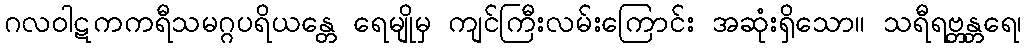
ဂလဝါဋကကရီသမဂ္ဂပရိယန္တေ ရေမျိုမှ ကျင်ကြီးလမ်းကြောင်း အဆုံးရှိသော။ သရီရဗ္တန္တရေ၊